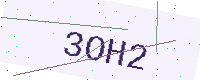
Text: 3OH2